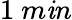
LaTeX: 1~m\mathit{i}n